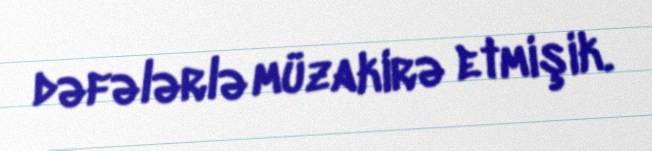
dəfələrlə müzakirə etmişik.